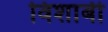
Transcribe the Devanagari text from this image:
विशाबी